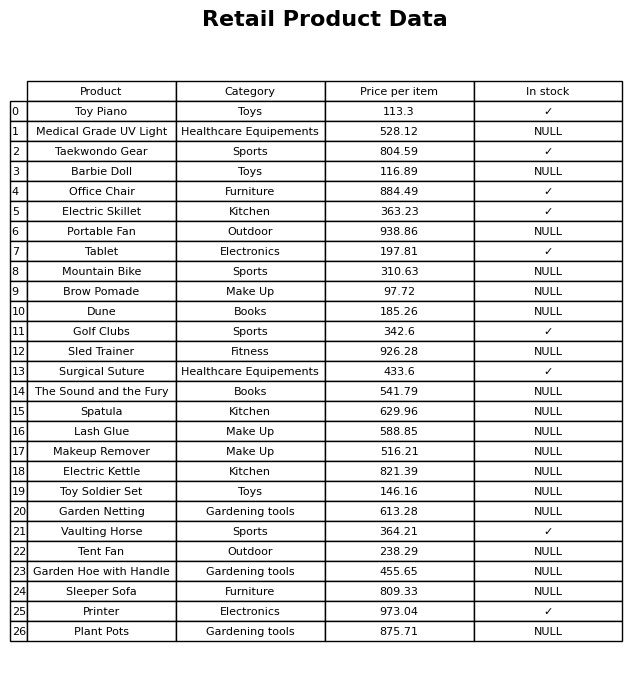
question: What is the price for Dune?
answer: The price of Dune is 185.26.